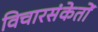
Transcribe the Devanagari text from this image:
विचारसंकेतों